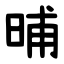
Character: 晡